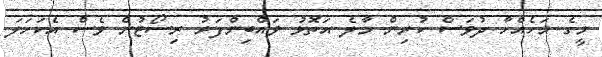
މީގެ މަހެއްހާ ދުވަސް ކުރިން މާލެ އަތޮޅު ވައްބިންފަރު ރިސޯޓުން ވެސް އެކަހަލަ